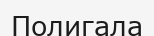
Полигала